Karksi_vallavalitsus, lk 95
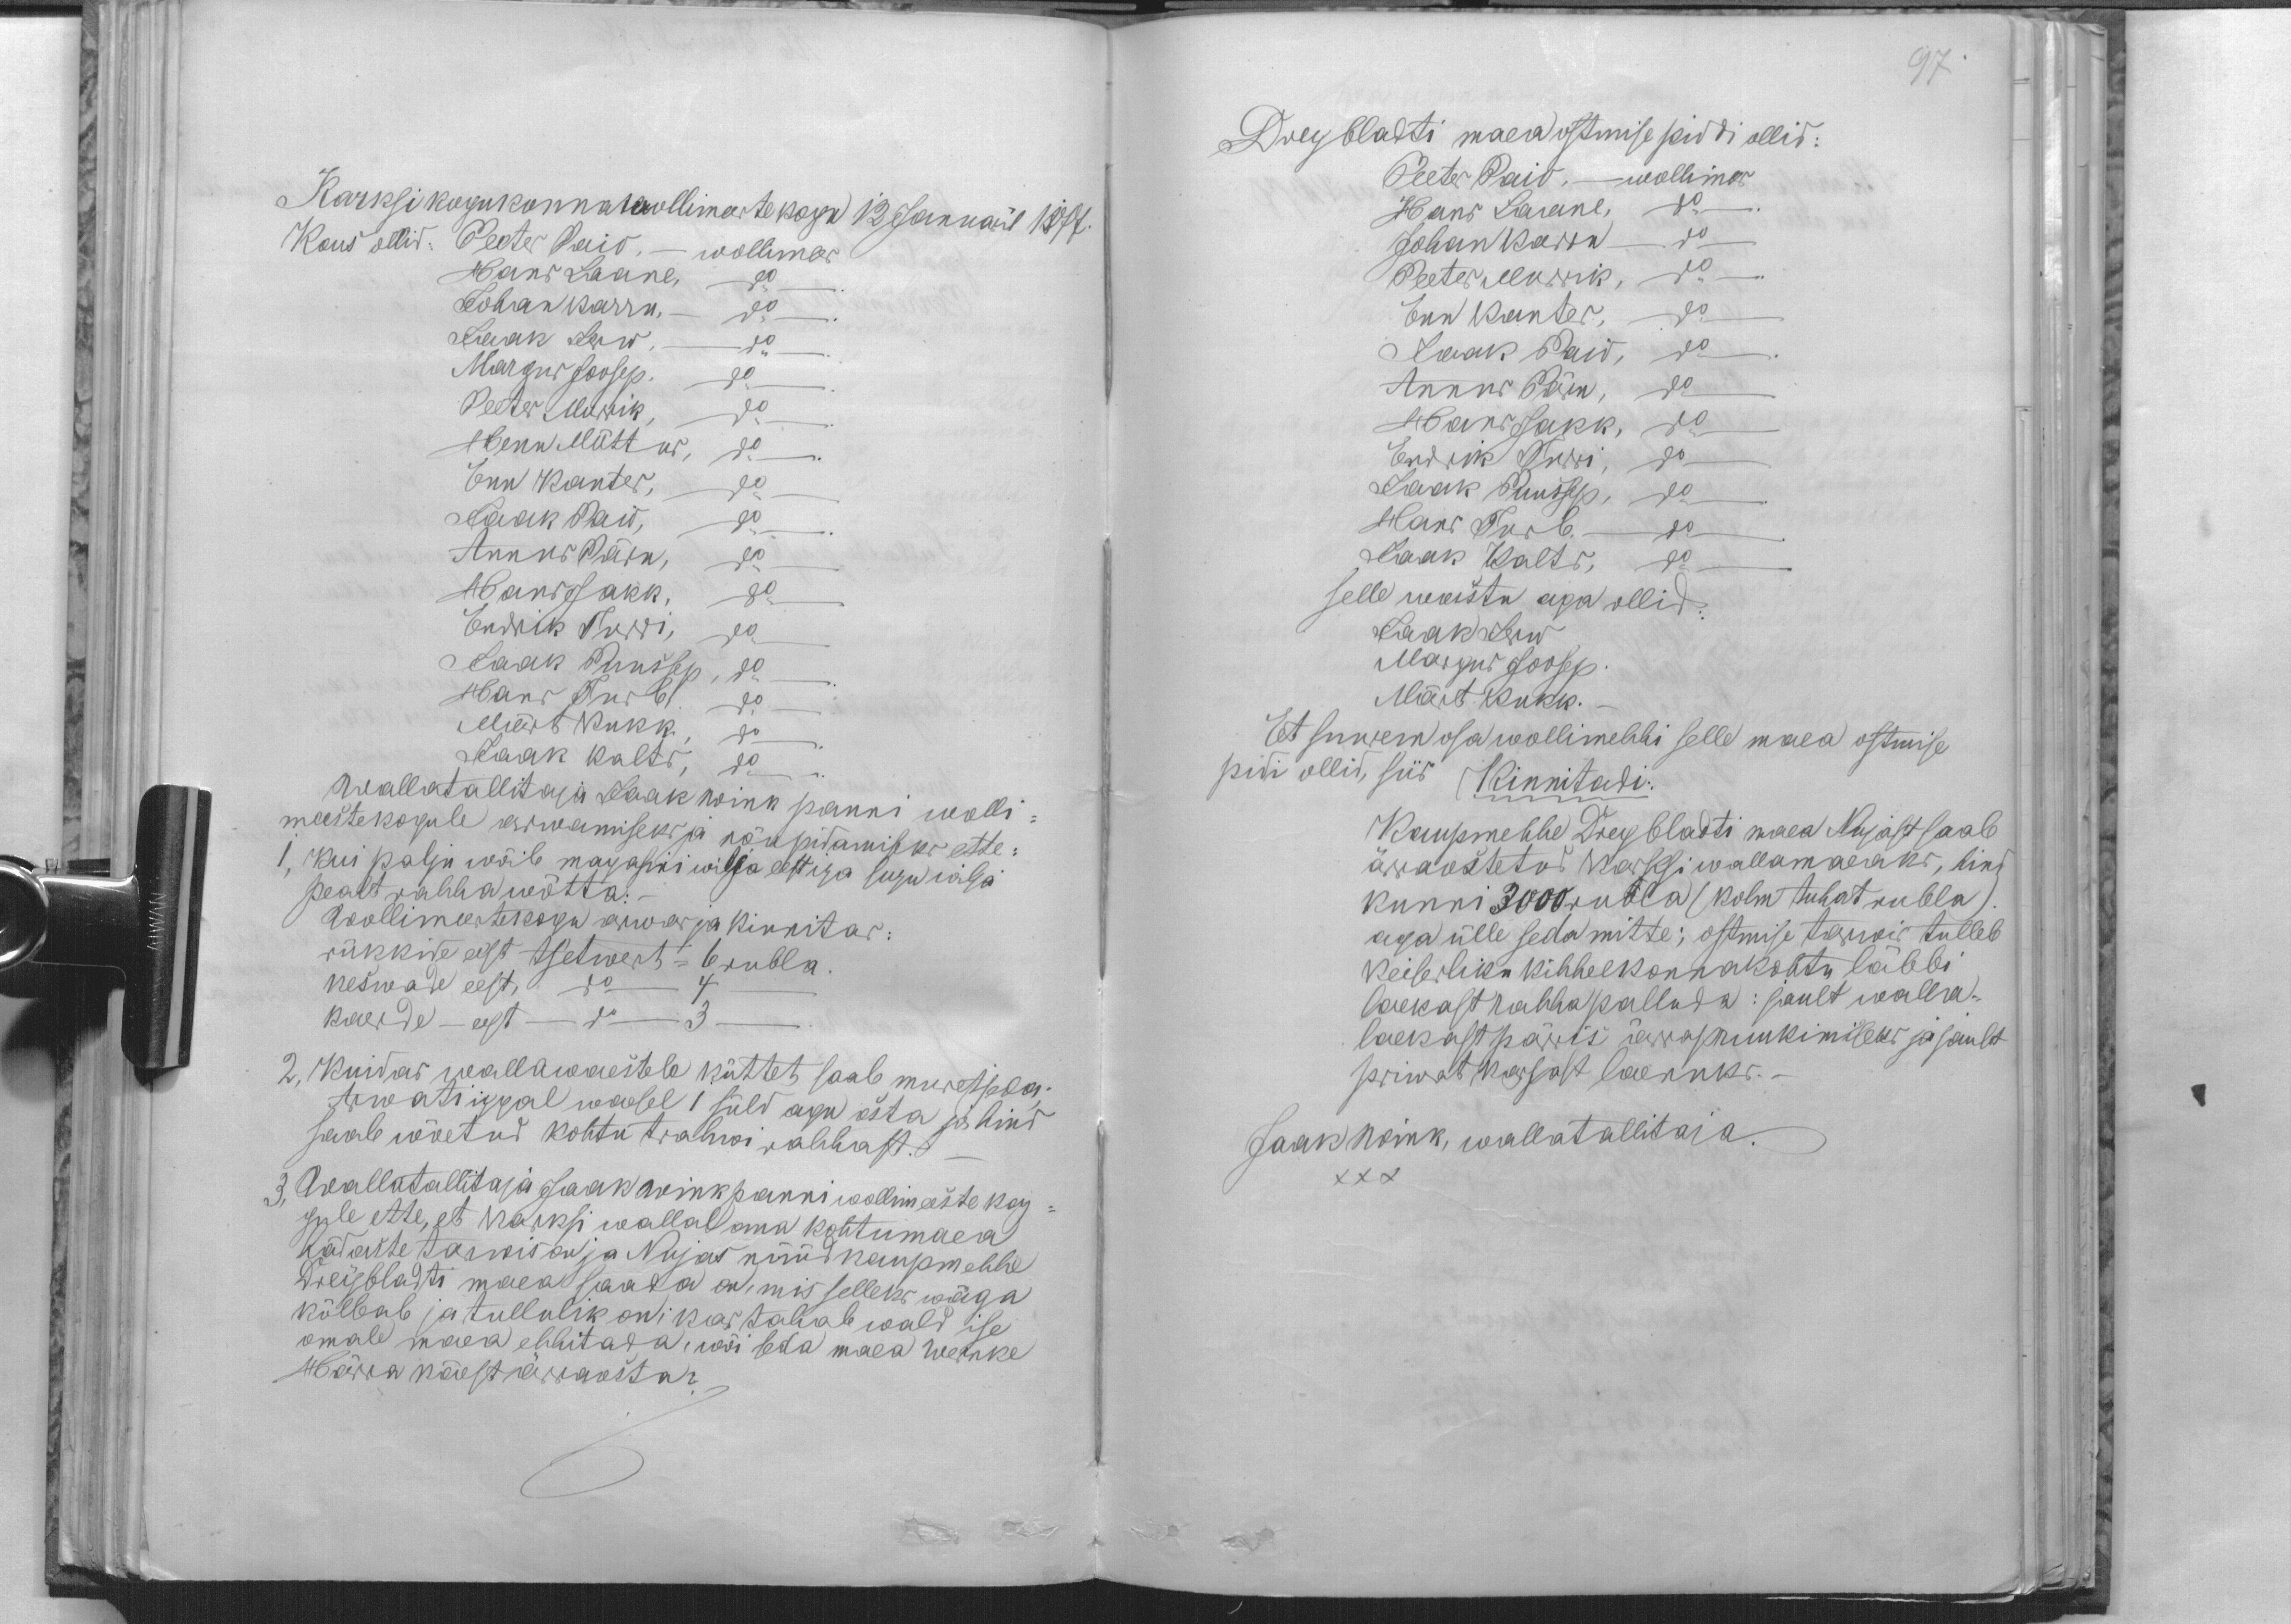
Karksi kogukonnawollimeeste kogu 12 Januaril 1877.
Kous ollid: Peeter Paio. - wollimees
Hans Laane, do
Johan Karru, do.
Jaak Jerw, do
Margus Joosep. do
Peeter Murrik, do
Henn Mõttus, do
Enn Kanter, do
Jaak Paio, do
Annus Pärn, do
Hans Jakk, do
Endrik Turri, do
Jaak Puussep, do
Hans Turb. do
Märt Kukk, do
Jaak Kalts, do
Wallatallitaja Jaak Wink panni wolli-
meestekogule arwamiseks ja nõupidamiseks ette:
1, Kui palju wõib magasini wilja eest iga sugu wilja
pealt rahha wõtta:
Wollimeestekogu arwas ja kinnitas:
rükkide eest tsetwert = 6 rubla.
keswade eest, do 4 -
kaerde - eest do 3 -
2, Kuidas wallawaestele küttet saab muretseda.
Arwati iggal waesel 1 süld agu osta ja hind
saab wõetud kohtu trahwi rahhast.
3, Wallatallitaja Jaak Wink panni wollimeeste kog-
gule ette, et Karksi wallal oma kohtumaea
hädaste tarwis on ja Nujas nüüd kaupmehhe
Dreybladti maea saada on, mis selleks wäga
kõlbab ja tullulik on; kas tahab wald ise
omale maea ehhitada, wõi seda maea wanke
Härra käest ärraosta?

97.
Dreybladti maea ostmise piddi ollid:
Peeter Paio, - wollimees
Hans Laane, do
Johan Karru do
Peeter Murrik, do
Enn Kanter, do
Jaak Paio, do
Annus Pärn, do
Hans Jakk, do
Endrik Turri, do
Jaak Puussep, do
Hans Turb. do
Jaak Kalts, do
selle wastu aga ollid:
Jaak Jerw
Margus Joosep
Märt Kukk.
Et suurem osa wollimehhi selle maea ostmise
pidi ollid, siis Kinnitadi:
Kaupmehhe Dreybladti maea Nujast saab
ärraostetud Karski wallamaeaks, hind
kunni 3000 rubla (kolm tuhat rubla).
aga ülle seda mitte; ostmise tarwis tulleb
keiserliku kihhelkonnakohtu läbbi
laekast rahha palluda: jault walla-
laekast pärris ärrapruukimiseks ja jault
priwat kassast laenuks. -
Jaak Wink, wallatallitaja.
XXX